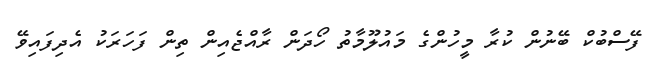
ފޭސްބުކް ބޭނުން ކުރާ މީހުންގެ މައުލޫމާތު ހޯދަން ރާއްޖެއިން ތިން ފަހަރަކު އެދިފައިވޭ